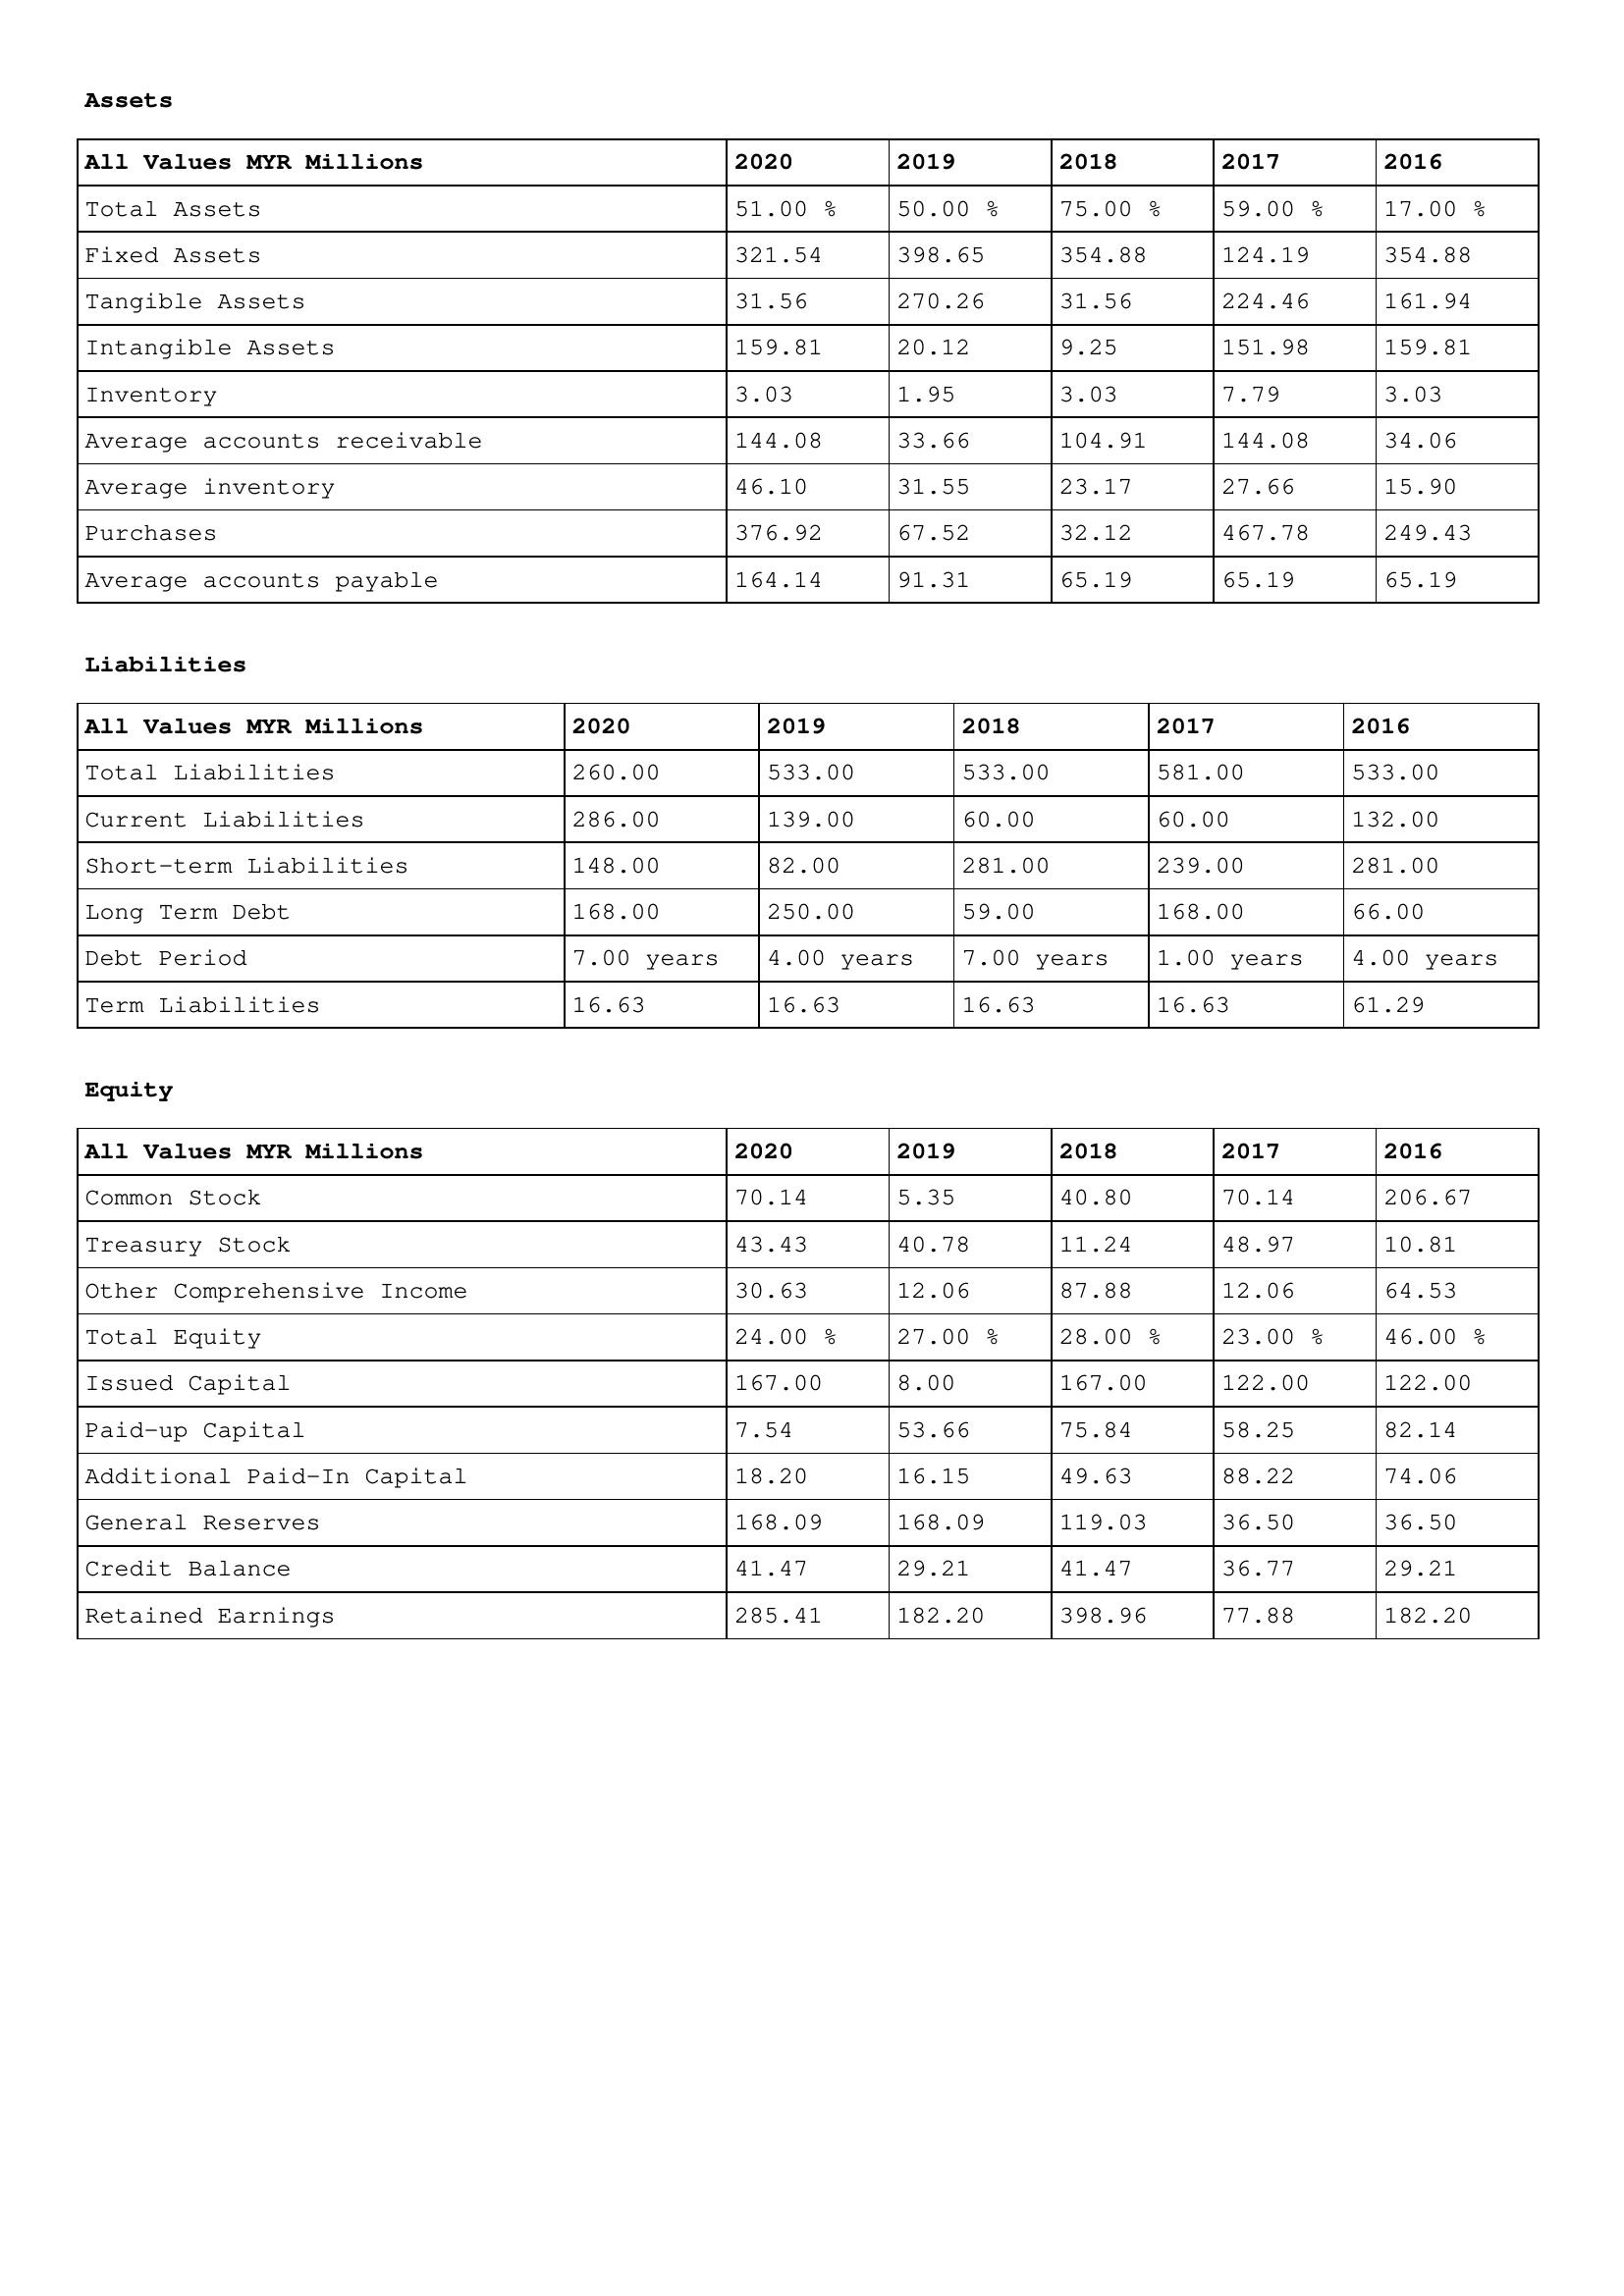
gt_parse: 2020: Assets: Total Assets: 51.00 %
Fixed Assets: 321.54
Tangible Assets: 31.56
Intangible Assets: 159.81
Inventory: 3.03
Average accounts receivable: 144.08
Average inventory: 46.10
Purchases: 376.92
Average accounts payable: 164.14
Liabilities: Total Liabilities: 260.00
Current Liabilities: 286.00
Short-term Liabilities: 148.00
Long Term Debt: 168.00
Debt Period: 7.00 years
Term Liabilities: 16.63
Equity: Common Stock: 70.14
Treasury Stock: 43.43
Other Comprehensive Income: 30.63
Total Equity: 24.00 %
Issued Capital: 167.00
Paid-up Capital: 7.54
Additional Paid-In Capital: 18.20
General Reserves: 168.09
Credit Balance: 41.47
Retained Earnings: 285.41
2019: Assets: Total Assets: 50.00 %
Fixed Assets: 398.65
Tangible Assets: 270.26
Intangible Assets: 20.12
Inventory: 1.95
Average accounts receivable: 33.66
Average inventory: 31.55
Purchases: 67.52
Average accounts payable: 91.31
Liabilities: Total Liabilities: 533.00
Current Liabilities: 139.00
Short-term Liabilities: 82.00
Long Term Debt: 250.00
Debt Period: 4.00 years
Term Liabilities: 16.63
Equity: Common Stock: 5.35
Treasury Stock: 40.78
Other Comprehensive Income: 12.06
Total Equity: 27.00 %
Issued Capital: 8.00
Paid-up Capital: 53.66
Additional Paid-In Capital: 16.15
General Reserves: 168.09
Credit Balance: 29.21
Retained Earnings: 182.20
2018: Assets: Total Assets: 75.00 %
Fixed Assets: 354.88
Tangible Assets: 31.56
Intangible Assets: 9.25
Inventory: 3.03
Average accounts receivable: 104.91
Average inventory: 23.17
Purchases: 32.12
Average accounts payable: 65.19
Liabilities: Total Liabilities: 533.00
Current Liabilities: 60.00
Short-term Liabilities: 281.00
Long Term Debt: 59.00
Debt Period: 7.00 years
Term Liabilities: 16.63
Equity: Common Stock: 40.80
Treasury Stock: 11.24
Other Comprehensive Income: 87.88
Total Equity: 28.00 %
Issued Capital: 167.00
Paid-up Capital: 75.84
Additional Paid-In Capital: 49.63
General Reserves: 119.03
Credit Balance: 41.47
Retained Earnings: 398.96
2017: Assets: Total Assets: 59.00 %
Fixed Assets: 124.19
Tangible Assets: 224.46
Intangible Assets: 151.98
Inventory: 7.79
Average accounts receivable: 144.08
Average inventory: 27.66
Purchases: 467.78
Average accounts payable: 65.19
Liabilities: Total Liabilities: 581.00
Current Liabilities: 60.00
Short-term Liabilities: 239.00
Long Term Debt: 168.00
Debt Period: 1.00 years
Term Liabilities: 16.63
Equity: Common Stock: 70.14
Treasury Stock: 48.97
Other Comprehensive Income: 12.06
Total Equity: 23.00 %
Issued Capital: 122.00
Paid-up Capital: 58.25
Additional Paid-In Capital: 88.22
General Reserves: 36.50
Credit Balance: 36.77
Retained Earnings: 77.88
2016: Assets: Total Assets: 17.00 %
Fixed Assets: 354.88
Tangible Assets: 161.94
Intangible Assets: 159.81
Inventory: 3.03
Average accounts receivable: 34.06
Average inventory: 15.90
Purchases: 249.43
Average accounts payable: 65.19
Liabilities: Total Liabilities: 533.00
Current Liabilities: 132.00
Short-term Liabilities: 281.00
Long Term Debt: 66.00
Debt Period: 4.00 years
Term Liabilities: 61.29
Equity: Common Stock: 206.67
Treasury Stock: 10.81
Other Comprehensive Income: 64.53
Total Equity: 46.00 %
Issued Capital: 122.00
Paid-up Capital: 82.14
Additional Paid-In Capital: 74.06
General Reserves: 36.50
Credit Balance: 29.21
Retained Earnings: 182.20